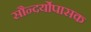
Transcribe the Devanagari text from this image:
सौन्दर्योपासक